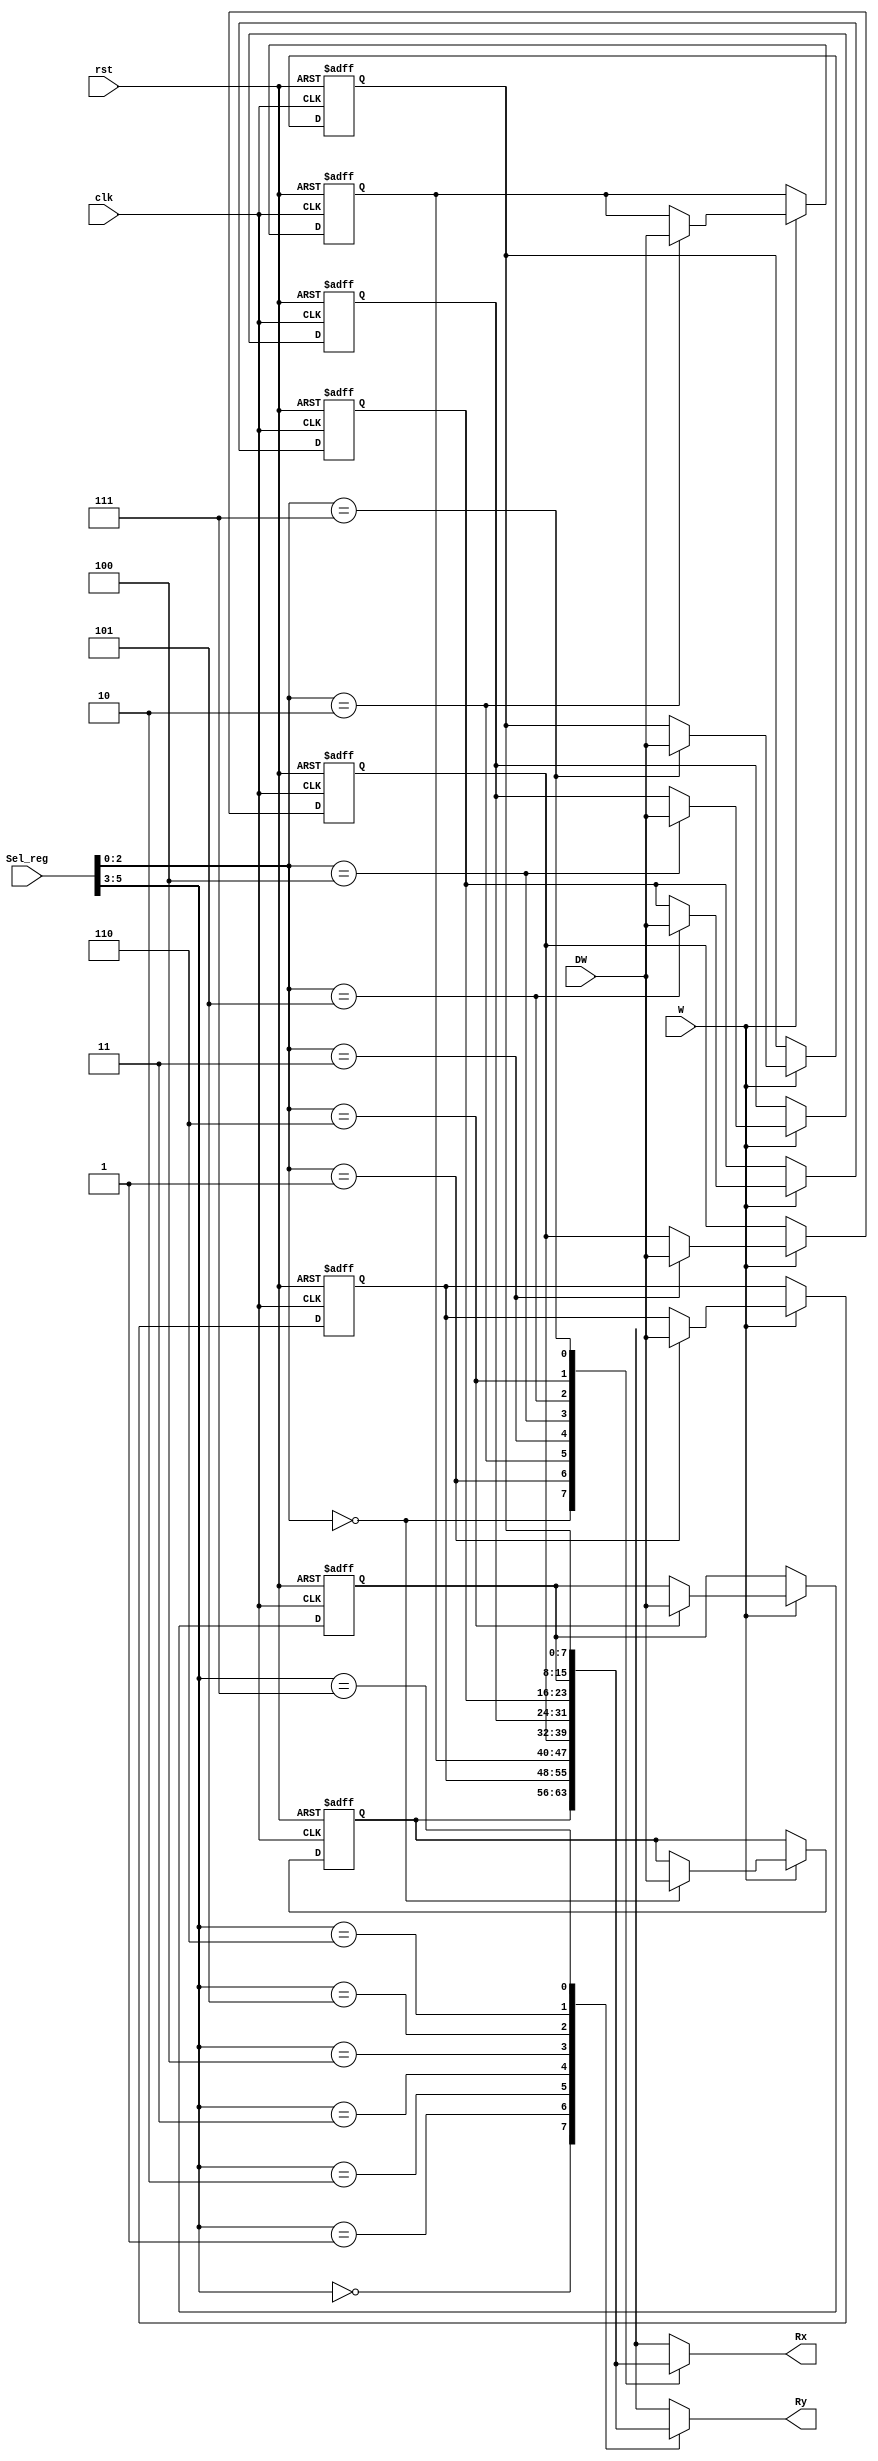
`timescale 1ns / 1ps
//////////////////////////////////////////////////////////////////////////////////
// Company: 
// Engineer: 
// 
// Design Name: 
// Module Name: ban_reg_micro
// Project Name: 
// Target Devices: 
// Tool Versions: 
// Description: 
// 
// Dependencies: 
// 
// Revision:
// Revision 0.01 - File Created
// Additional Comments:
// 
//////////////////////////////////////////////////////////////////////////////////


module ban_reg_micro
(
    input [5:0] Sel_reg,
    input W,
    input [7:0] DW,
    output [7:0] Rx,
    output [7:0] Ry,
    input rst,
    input clk
    );
    
    reg [7:0] Fnd [0:7];
    
    always@(posedge clk, posedge rst)
     begin
        if(rst) 
            begin
                Fnd[0]<=0;
                Fnd[1]<=0;
                Fnd[2]<=0;
                Fnd[3]<=0;
                Fnd[4]<=0;
                Fnd[5]<=0;
                Fnd[6]<=0;
                Fnd[7]<=0; 
            end
        else
            if (W)
               Fnd[Sel_reg[2:0]]<=DW;
            end
            assign Rx= Fnd[Sel_reg[2:0]];
            assign Ry= Fnd[Sel_reg[5:3]];
endmodule